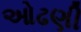
ઓઢણી